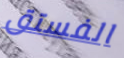
الفستق